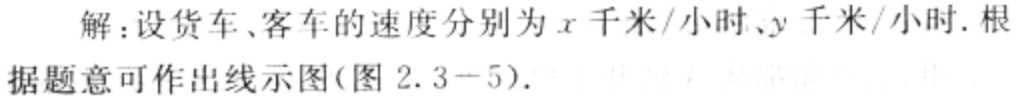
解：设货车、客车的速度分别为\(x\)千米/小时、\(y\)千米/小时. 根据题意可作出线示图(图 \(2.3 - 5\)).